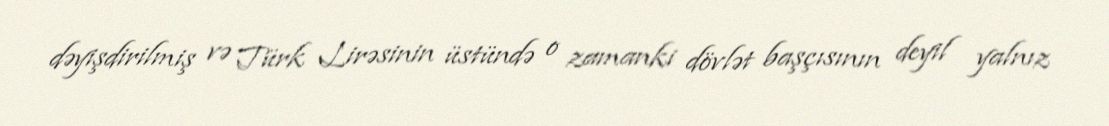
dəyişdirilmiş və Türk Lirəsinin üstündə o zamanki dövlət başçısının deyil yalnız